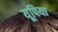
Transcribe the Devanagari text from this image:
यूपिया